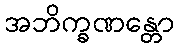
အဘိက္ခဏန္တော